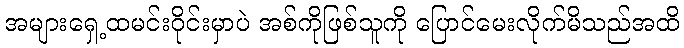
အများရှေ့ထမင်းဝိုင်းမှာပဲ အစ်ကိုဖြစ်သူကို ပြောင်မေးလိုက်မိသည်အထိ